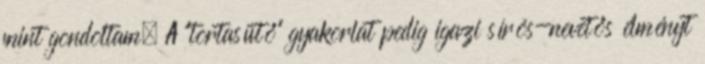
mint gondoltam. A "tortasütő" gyakorlat pedig igazi sírós-nevetős élményt